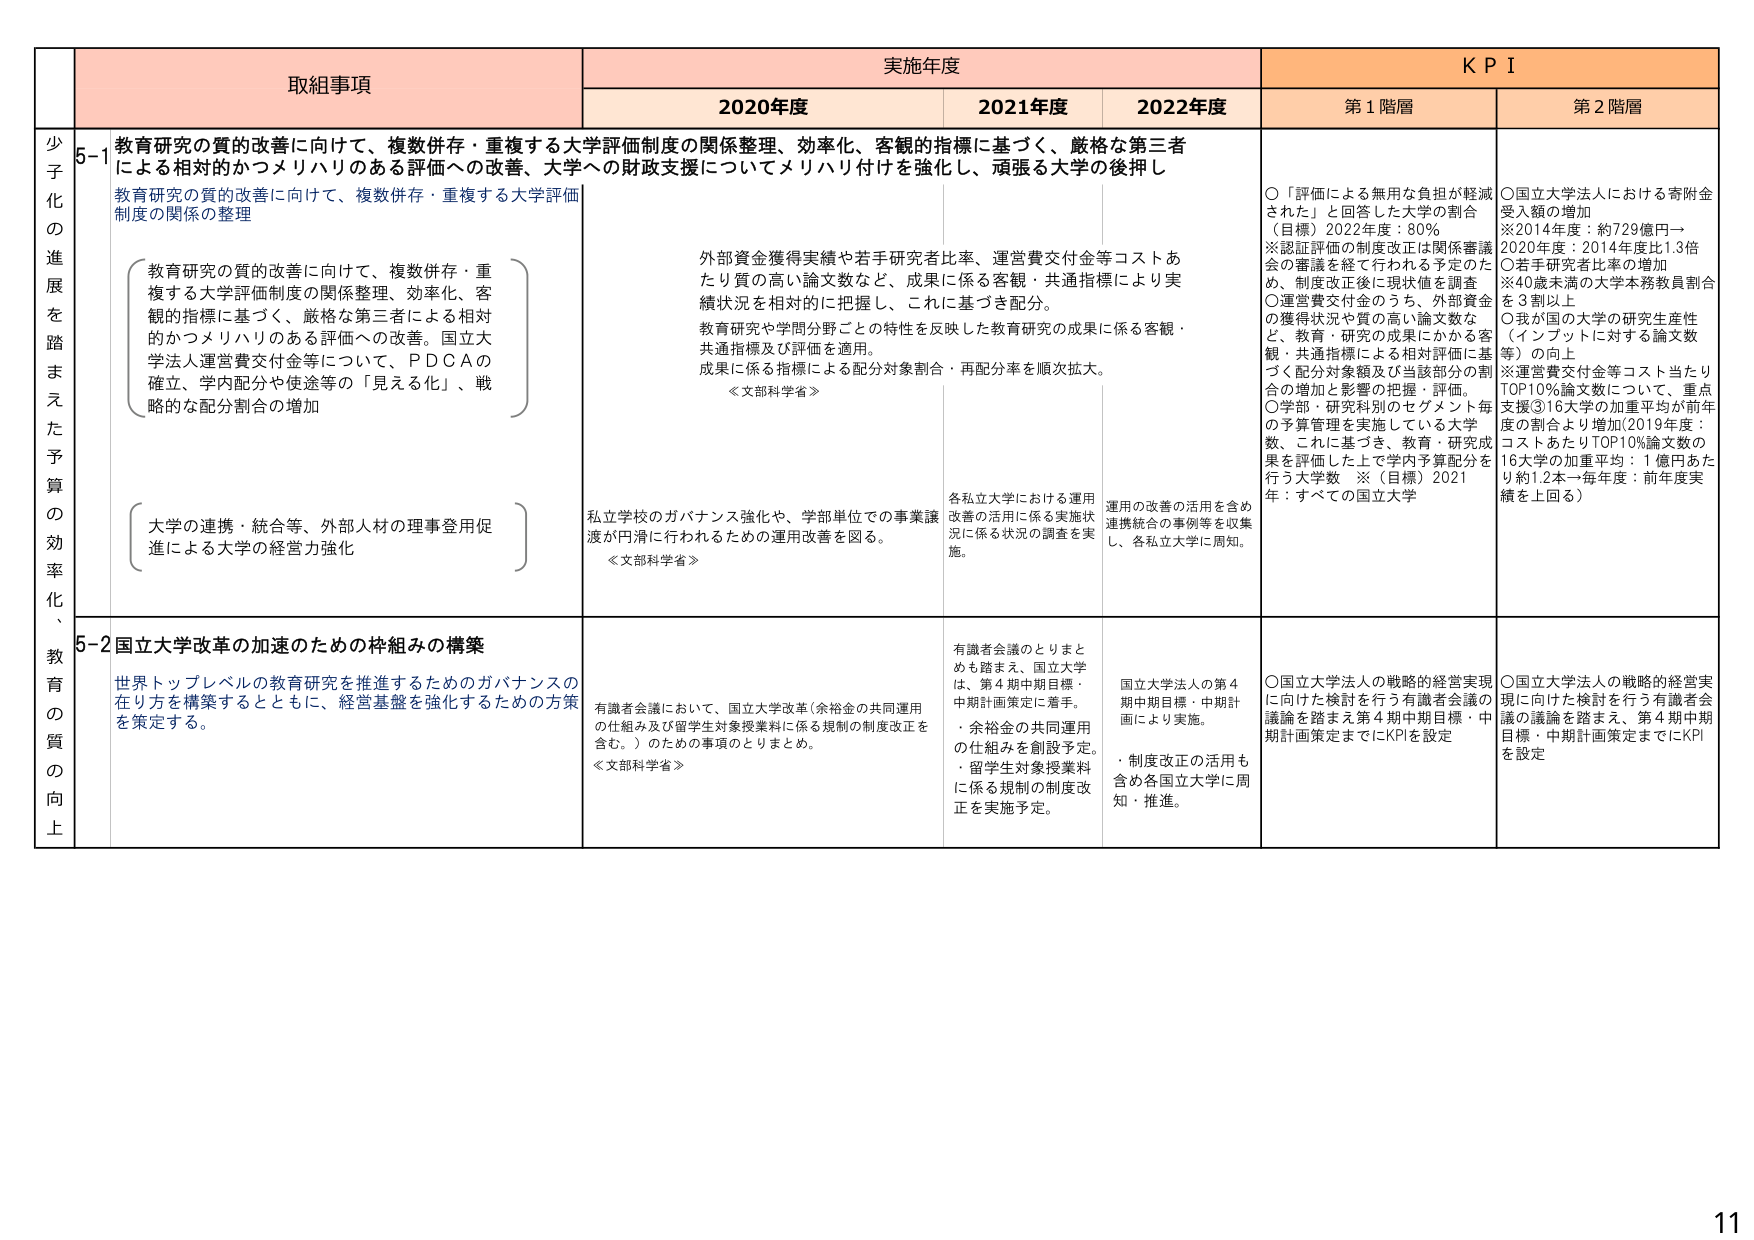
少子化の進展を踏まえた予算の効率化、教育の質の向上

取組事項

実施年度

KPI

2020年度

2021年度

2022年度

第1階層

第2階層

5-1 教育研究の質的改善に向けて、複数併存・重複する大学評価制度の関係整理、効率化、客観的指標に基づく、厳格な第三者による相対的かつメリハリのある評価への改善、大学への財政支援についてメリハリ付けを強化し、頑張る大学の後押し

教育研究の質的改善に向けて、複数併存・重複する大学評価制度の関係整理、効率化、客観的指標に基づく、厳格な第三者による相対的かつメリハリのある評価への改善。国立大学法人運営費交付金等について、PDCAの確立、学内配分や使途等の「見える化」、戦略的な配分割合の増加

大学の連携・統合等、外部人材の理事登用促進による大学の経営力強化

外部資金獲得実績や若手研究者比率、運営費交付金等コストあたり質の高い論文数など、成果に係る客観・共通指標により実績状況を相対的に把握し、これに基づき配分。

教育研究や学問分野ごとの特性を反映した教育研究の成果に係る客観・共通指標及び評価を適用。

成果に係る指標による配分対象割合・再配分率を順次拡大。

≪文部科学省≫

私立学校のガバナンス強化や、学部単位での事業譲渡が円滑に行われるための運用改善を図る。

≪文部科学省≫

各私立大学における運用改善の活用に係る実施状況に係る状況の調査を実施。

運用の改善の活用を含め連携統合の事例等を収集し、各私立大学に周知。

○「評価による無用な負担が軽減された」と回答した大学の割合（目標）2022年度：80%

※認証評価の制度改正は関係審議会の審議を経て行われる予定のため、制度改正後に現状値を調査

○運営費交付金のうち、外部資金の獲得状況や質の高い論文数など、教育・研究の成果にかかる客観・共通指標による相対評価に基づく配分対象額及び当該部分の割合の増加と影響の把握・評価。

○学部・研究科別のセグメント毎の予算管理を実施している大学数、これに基づき、教育・研究成果を評価した上で学内予算配分を行う大学数　※（目標）2021年：すべての国立大学

○国立大学法人における寄附金受入額の増加

※2014年度：約729億円→2020年度：2014年度比1.3倍

○若手研究者比率の増加

※40歳未満の大学本務教員割合を3割以上

○我が国の大学の研究生産性（インプットに対する論文数等）の向上

※運営費交付金等コスト当たりTOP10%論文数について、重点支援③16大学の加重平均が前年度の割合より増加（2019年度：コストあたりTOP10%論文数の16大学の加重平均：1億円あたり約1.2本→毎年度：前年度実績を上回る）

5-2 国立大学改革の加速のための枠組みの構築

世界トップレベルの教育研究を推進するためのガバナンスの在り方を構築するとともに、経営基盤を強化するための方策を策定する。

有識者会議において、国立大学改革（余裕金の共同運用の仕組み及び留学生対象授業料に係る規制の制度改正を含む。）のための事項のとりまとめ。

≪文部科学省≫

有識者会議のとりまとめも踏まえ、国立大学は、第4期中期目標・中期計画策定に着手。

・余裕金の共同運用の仕組みを創設予定。

・留学生対象授業料に係る規制の制度改正を実施予定。

国立大学法人の第4期中期目標・中期計画により実施。

・制度改正の活用も含め各国立大学に周知・推進。

○国立大学法人の戦略的経営実現に向けた検討を行う有識者会議の議論を踏まえ第4期中期目標・中期計画策定までにKPIを設定

○国立大学法人の戦略的経営実現に向けた検討を行う有識者会議の議論を踏まえ、第4期中期目標・中期計画策定までにKPIを設定

11